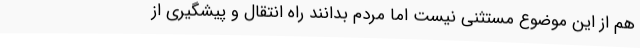
هم از این موضوع مستثنی نیست اما مردم بدانند راه انتقال و پیشگیری از